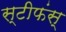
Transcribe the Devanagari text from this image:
स्टीफंस्